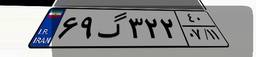
۶۹گ۳۲۲۴۰